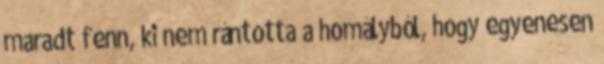
maradt fenn, ki nem rántotta a homályból, hogy egyenesen